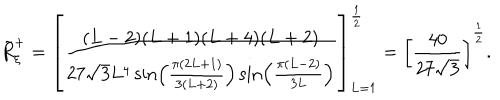
\tilde { R } _ { \xi } ^ { + } = \left[ \frac { ( L - 2 ) ( L + 1 ) ( L + 4 ) ( L + 2 ) } { 2 7 \sqrt { 3 } L ^ { 4 } \sin \left( \frac { \pi ( 2 L + 1 ) } { 3 ( L + 2 ) } \right) \sin \left( \frac { \pi ( L - 2 ) } { 3 L } \right) } \right] _ { L = 1 } ^ { \frac { 1 } { 2 } } = \left[ \frac { 4 0 } { 2 7 \sqrt { 3 } } \right] ^ { \frac { 1 } { 2 } } .